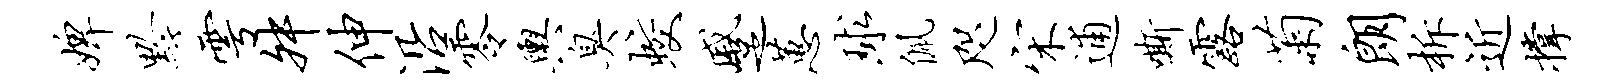
婢黔雩舛伸沿零舆臭蛟蹙蕙球佩咫宋逋嘶露菊朗柝近撑